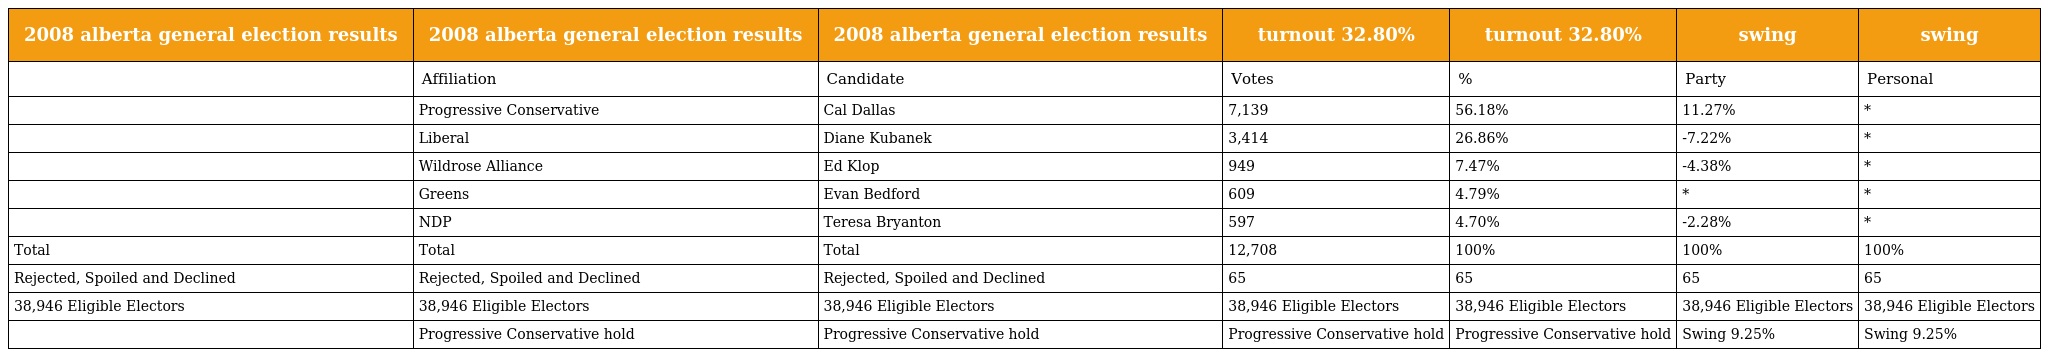
| 2008 alberta general election results | 2008 alberta general election results | 2008 alberta general election results | turnout 32.80% | turnout 32.80% | swing | swing |
 | --- | --- | --- | --- | --- | --- | --- |
 |  | Affiliation | Candidate | Votes | % | Party | Personal |
 |  | Progressive Conservative | Cal Dallas | 7,139 | 56.18% | 11.27% | * |
 |  | Liberal | Diane Kubanek | 3,414 | 26.86% | -7.22% | * |
 |  | Wildrose Alliance | Ed Klop | 949 | 7.47% | -4.38% | * |
 |  | Greens | Evan Bedford | 609 | 4.79% | * | * |
 |  | NDP | Teresa Bryanton | 597 | 4.70% | -2.28% | * |
 | Total | Total | Total | 12,708 | 100% | 100% | 100% |
 | Rejected, Spoiled and Declined | Rejected, Spoiled and Declined | Rejected, Spoiled and Declined | 65 | 65 | 65 | 65 |
 | 38,946 Eligible Electors | 38,946 Eligible Electors | 38,946 Eligible Electors | 38,946 Eligible Electors | 38,946 Eligible Electors | 38,946 Eligible Electors | 38,946 Eligible Electors |
 |  | Progressive Conservative hold | Progressive Conservative hold | Progressive Conservative hold | Progressive Conservative hold | Swing 9.25% | Swing 9.25% |